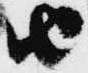
由